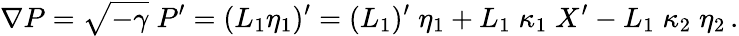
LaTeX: \nabla P=\sqrt{-\gamma}\; P{}^{\prime}=(L_{1}\eta_{1}){}^{\prime}=(L_{1})^{\prime}\; \eta_{1}+L_{1}\; \kappa_{1}\; X^{\prime}-L_{1}\; \kappa_{2}\; \eta_{2}\, .